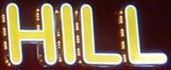
HILL